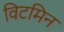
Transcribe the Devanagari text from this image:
विटमिन